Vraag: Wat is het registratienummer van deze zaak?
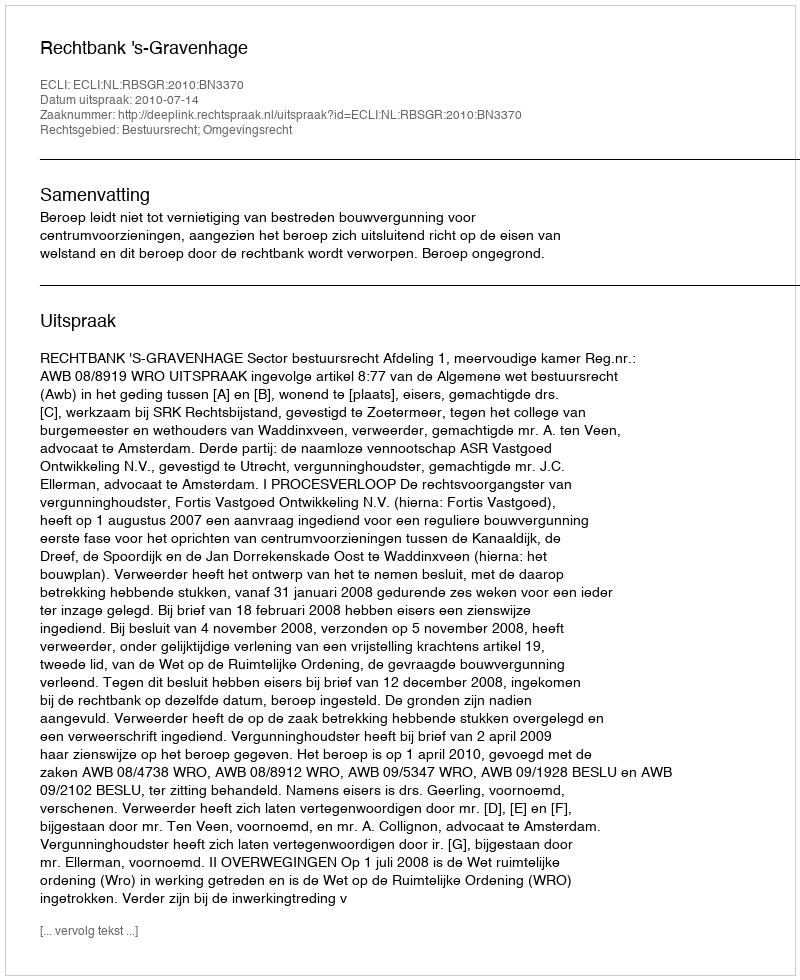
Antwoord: http://deeplink.rechtspraak.nl/uitspraak?id=ECLI:NL:RBSGR:2010:BN3370